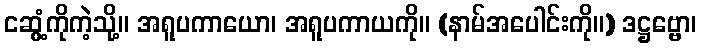
ငဆွံ့ကိုကဲ့သို့။ အရူပကာယော၊ အရူပကာယကို။ (နာမ်အပေါင်းကို။) ဒဋ္ဌဗ္ဗော၊